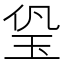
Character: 㺸